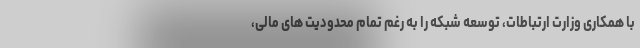
با همکاری وزارت ارتباطات، توسعه شبکه را به رغم تمام محدودیت های مالی،